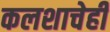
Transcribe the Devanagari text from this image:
कलशाचेही